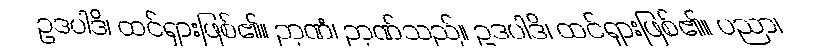
ဥဒပါဒိ၊ ထင်ရှားဖြစ်၏။ ဉာဏံ၊ ဉာဏ်သည်။ ဥဒပါဒိ၊ ထင်ရှားဖြစ်၏။ ပညာ၊